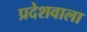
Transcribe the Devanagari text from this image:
प्रदेशवाला